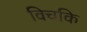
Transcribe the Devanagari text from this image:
विचकि